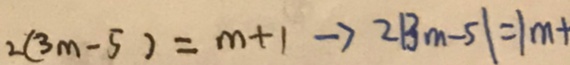
2 ( 3 m - 5 ) = m + 1 \rightarrow 2 \vert 3 m - 5 \vert = 1 m +